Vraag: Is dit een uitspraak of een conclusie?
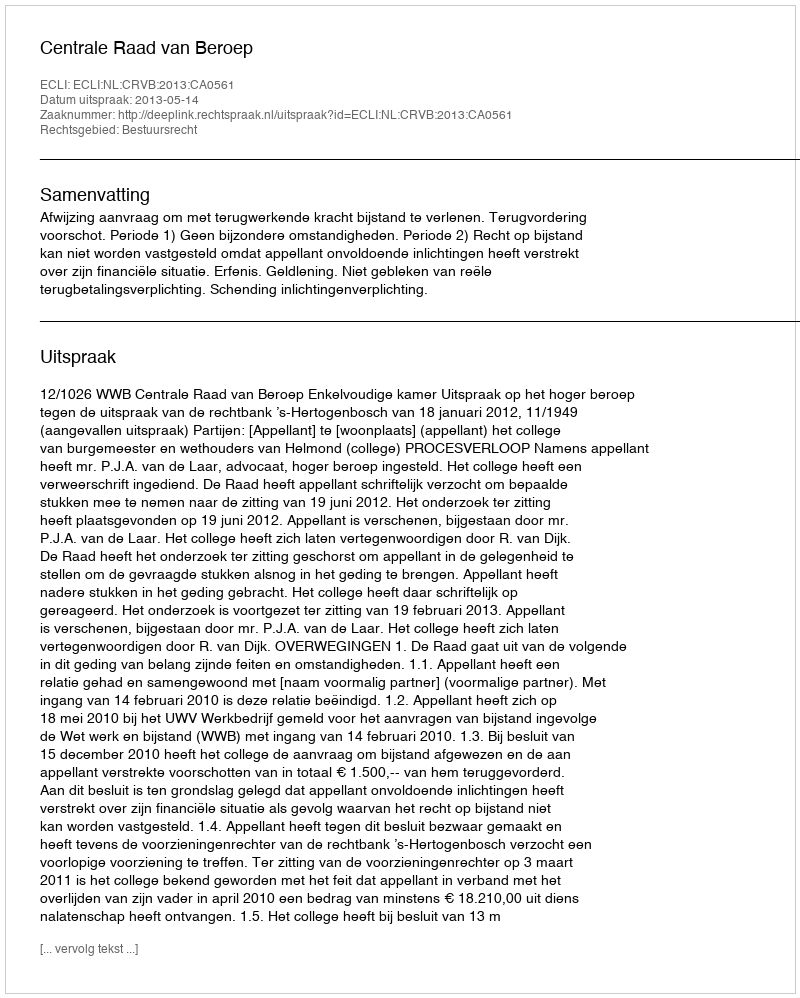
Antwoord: Uitspraak